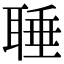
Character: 𦖋